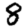
Digit: 8